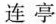
连亭